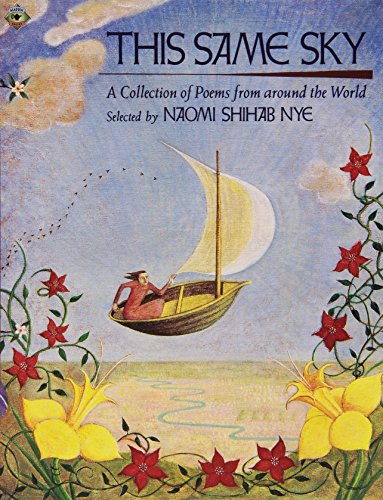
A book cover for This Same Sky: A Collection of Poems from Around the World; Naomi Shihab Nye; Teen & Young Adult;